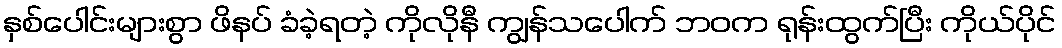
နှစ်ပေါင်းများစွာ ဖိနပ် ခံခဲ့ရတဲ့ ကိုလိုနီ ကျွန်သပေါက် ဘဝက ရုန်းထွက်ပြီး ကိုယ်ပိုင်